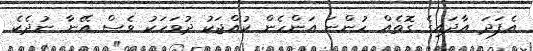
އެފަދަ އާދައިގެ ގޮތެއް ހުންނަ އަންހެން ކުއްޖަކު ދުވަހަކު ވެސް އޭނާ ނުދެކެ